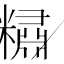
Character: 䊥